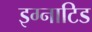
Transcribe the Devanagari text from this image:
इग्नाटिड